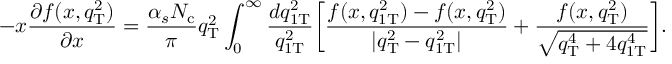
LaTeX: - x \frac { \partial f ( x , q _ { \mathrm { T } } ^ { 2 } ) } { \partial x } = \frac { \alpha _ { s } N _ { \mathrm { c } } } { \pi } q _ { \mathrm { T } } ^ { 2 } \int _ { 0 } ^ { \infty } \frac { d q _ { 1 \mathrm { T } } ^ { 2 } } { q _ { 1 \mathrm { T } } ^ { 2 } } \bigg [ \frac { f ( x , q _ { 1 \mathrm { T } } ^ { 2 } ) - f ( x , q _ { \mathrm { T } } ^ { 2 } ) } { | q _ { \mathrm { T } } ^ { 2 } - q _ { 1 \mathrm { T } } ^ { 2 } | } + \frac { f ( x , q _ { \mathrm { T } } ^ { 2 } ) } { \sqrt { q _ { \mathrm { T } } ^ { 4 } + 4 q _ { 1 \mathrm { T } } ^ { 4 } } } \bigg ] .